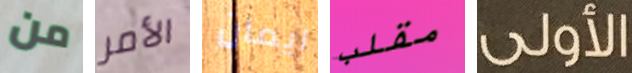
من الأمر ايمان مقلب الأولى